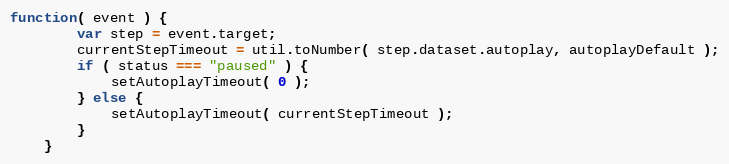
Language: JavaScript
function( event ) {
        var step = event.target;
        currentStepTimeout = util.toNumber( step.dataset.autoplay, autoplayDefault );
        if ( status === "paused" ) {
            setAutoplayTimeout( 0 );
        } else {
            setAutoplayTimeout( currentStepTimeout );
        }
    }